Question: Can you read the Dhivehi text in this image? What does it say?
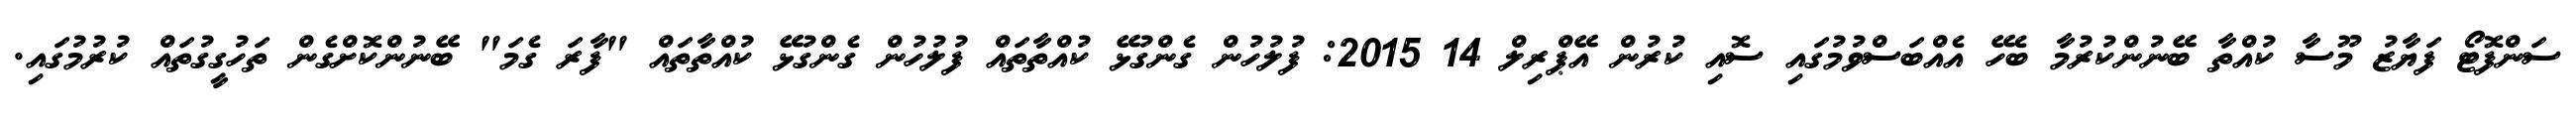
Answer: ސަންފޮޓޯ ފަޔާޒު މޫސާ ކުއްތާ ބޭނުންކުރުމާ ބެހޭ އެއްބަސްވުމުގައި ސޮއި ކުރުން އޭޕްރިލް 14 2015: ފުލުހުން ގެންގުޅޭ ކުއްތާތައް ފުލުހުން ގެންގުޅޭ ކުއްތާތައް "ފާރަ ގެމަ" ބޭނުންކޮށްގެން ތަހުގީގުތައް ކުރުމުގައި.